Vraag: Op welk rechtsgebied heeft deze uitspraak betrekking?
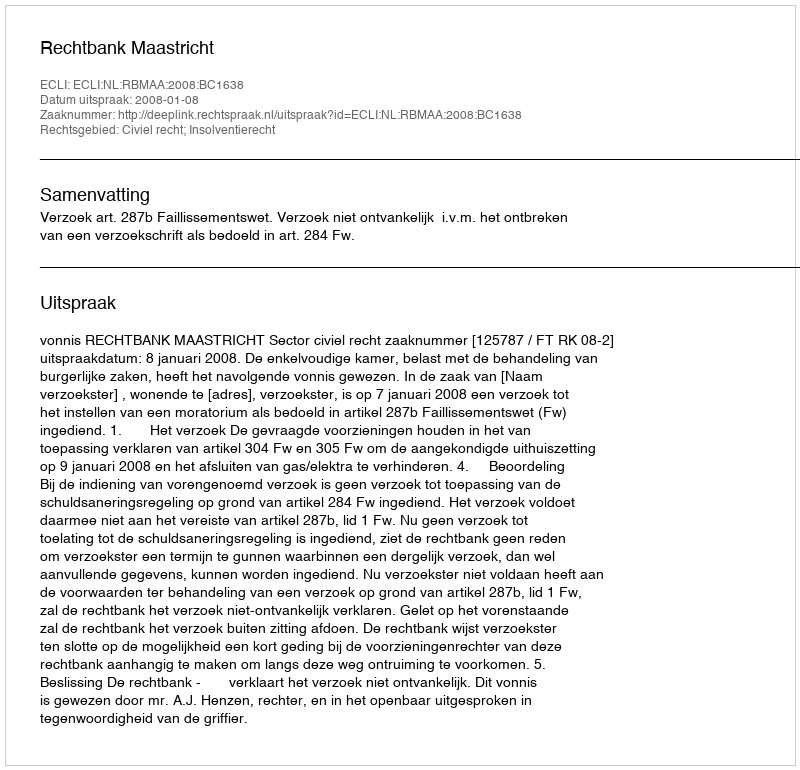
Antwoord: Civiel recht; Insolventierecht